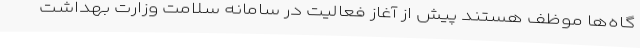
گاه‌ها موظف هستند پیش از آغاز فعالیت در سامانه سلامت وزارت بهداشت